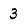
Character: 3